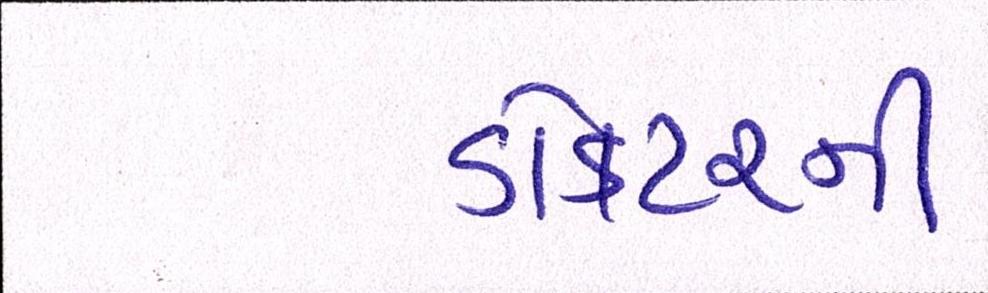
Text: ડોકટરની